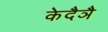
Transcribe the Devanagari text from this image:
केदैञै